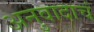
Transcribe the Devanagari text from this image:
अनुवादाचं